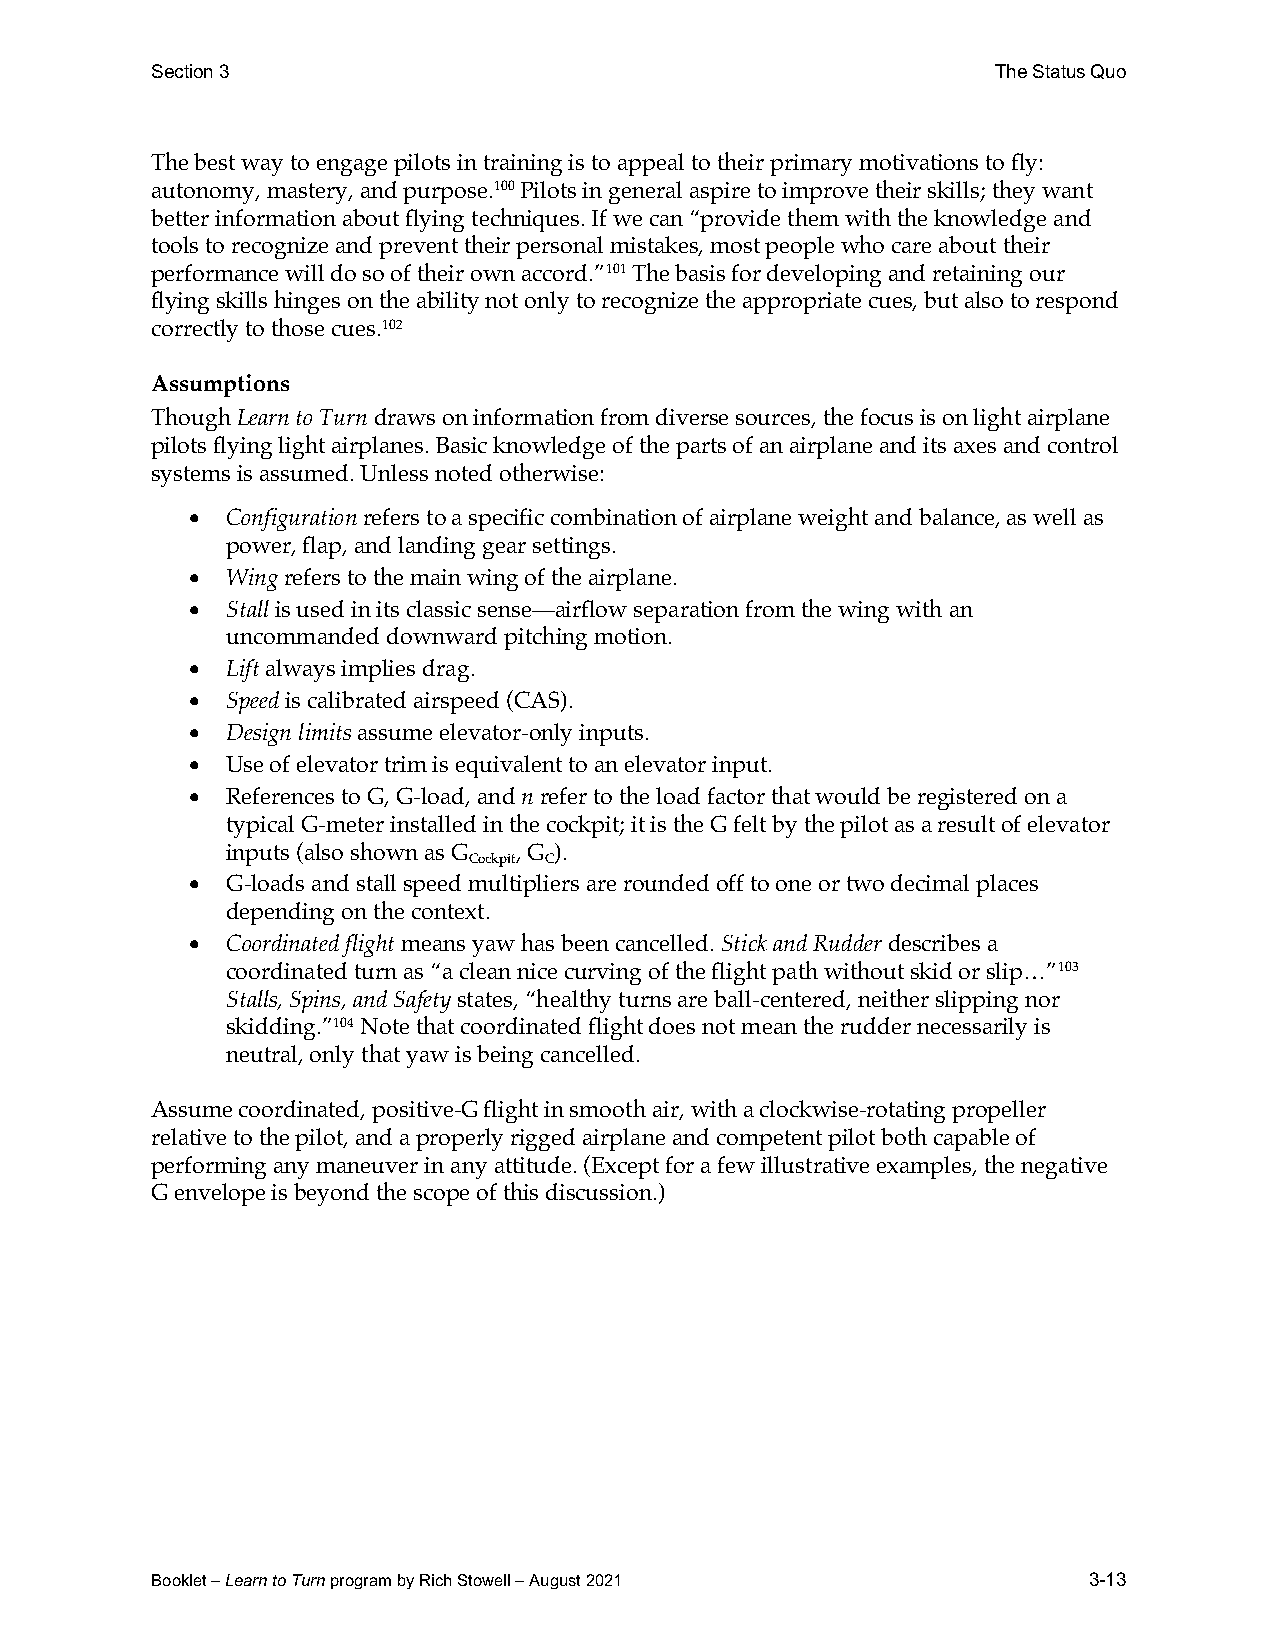
Section 3                                               The Status Quo
 The best way to engage pilots in training is to appeal to their primary motivations to fly:
 autonomy, mastery, and purpose.100 Pilots in general aspire to improve their skills; they want
 better information about flying techniques. If we can “provide them with the knowledge and
 tools to recognize and prevent their personal mistakes, most people who care about their
 performance will do so of their own accord.”101 The basis for developing and retaining our
 flying skills hinges on the ability not only to recognize the appropriate cues, but also to respond
 correctly to those cues.102
 Assumptions
 Though Learn to Turn draws on information from diverse sources, the focus is on light airplane
 pilots flying light airplanes. Basic knowledge of the parts of an airplane and its axes and control
 systems is assumed. Unless noted otherwise:
 •  Configuration refers to a specific combination of airplane weight and balance, as well as
 power, flap, and landing gear settings.
 •  Wing refers to the main wing of the airplane.
 •  Stall is used in its classic sense—airflow separation from the wing with an
 uncommanded downward pitching motion.
 •  Lift always implies drag.
 •  Speed is calibrated airspeed (CAS).
 •  Design limits assume elevator-only inputs.
 •  Use of elevator trim is equivalent to an elevator input.
 •  References to G, G-load, and n refer to the load factor that would be registered on a
 typical G-meter installed in the cockpit; it is the G felt by the pilot as a result of elevator
 inputs (also shown as G , G ).
 Cockpit C
 •  G-loads and stall speed multipliers are rounded off to one or two decimal places
 depending on the context.
 •  Coordinated flight means yaw has been cancelled. Stick and Rudder describes a
 coordinated turn as “a clean nice curving of the flight path without skid or slip…”103
 Stalls, Spins, and Safety states, “healthy turns are ball-centered, neither slipping nor
 skidding.”104 Note that coordinated flight does not mean the rudder necessarily is
 neutral, only that yaw is being cancelled.
 Assume coordinated, positive-G flight in smooth air, with a clockwise-rotating propeller
 relative to the pilot, and a properly rigged airplane and competent pilot both capable of
 performing any maneuver in any attitude. (Except for a few illustrative examples, the negative
 G envelope is beyond the scope of this discussion.)
 Booklet – Learn to Turn program by Rich Stowell – August 2021 3-13